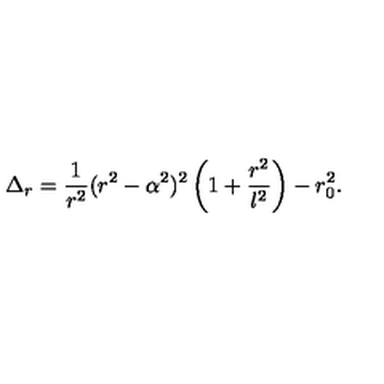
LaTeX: \Delta _ { r } = { \frac { 1 } { r ^ { 2 } } } ( r ^ { 2 } - \alpha ^ { 2 } ) ^ { 2 } \left( 1 + { \frac { r ^ { 2 } } { l ^ { 2 } } } \right) - r _ { 0 } ^ { 2 } .